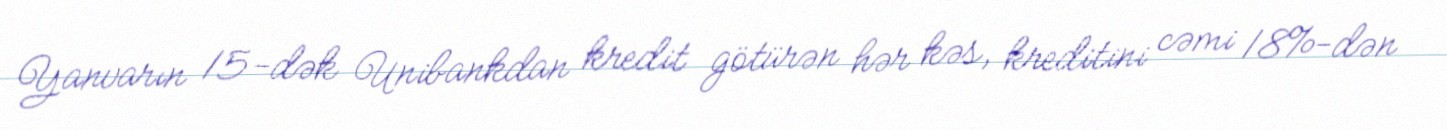
Yanvarın 15-dək Unibankdan kredit götürən hər kəs, kreditini cəmi 18%-dən